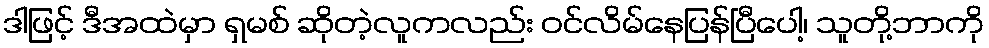
ဒါဖြင့် ဒီအထဲမှာ ရှမစ် ဆိုတဲ့လူကလည်း ဝင်လိမ်နေပြန်ပြီပေါ့၊ သူတို့ဘာကို